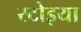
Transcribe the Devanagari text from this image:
स्टोइया